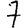
Digit: 7